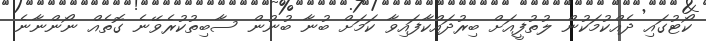
ކޯޓުގައި ދެއްކުމަކުން ލުތުފީއަށް ބިރުދައްކާފައިވާ ކަމަށް ބުނާ ބުނުން ސާބިތުކުރެވޭނެ ގޮތެއް ނޯންނާނެ